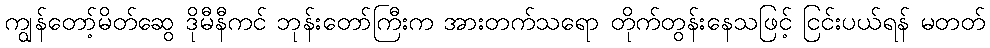
ကျွန်တော့်မိတ်ဆွေ ဒိုမီနီကင် ဘုန်းတော်ကြီးက အားတက်သရော တိုက်တွန်းနေသဖြင့် ငြင်းပယ်ရန် မတတ်